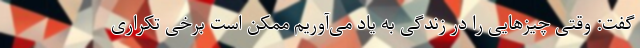
گفت: وقتی چیزهایی را در زندگی به یاد می‌آوریم ممکن است برخی تکراری